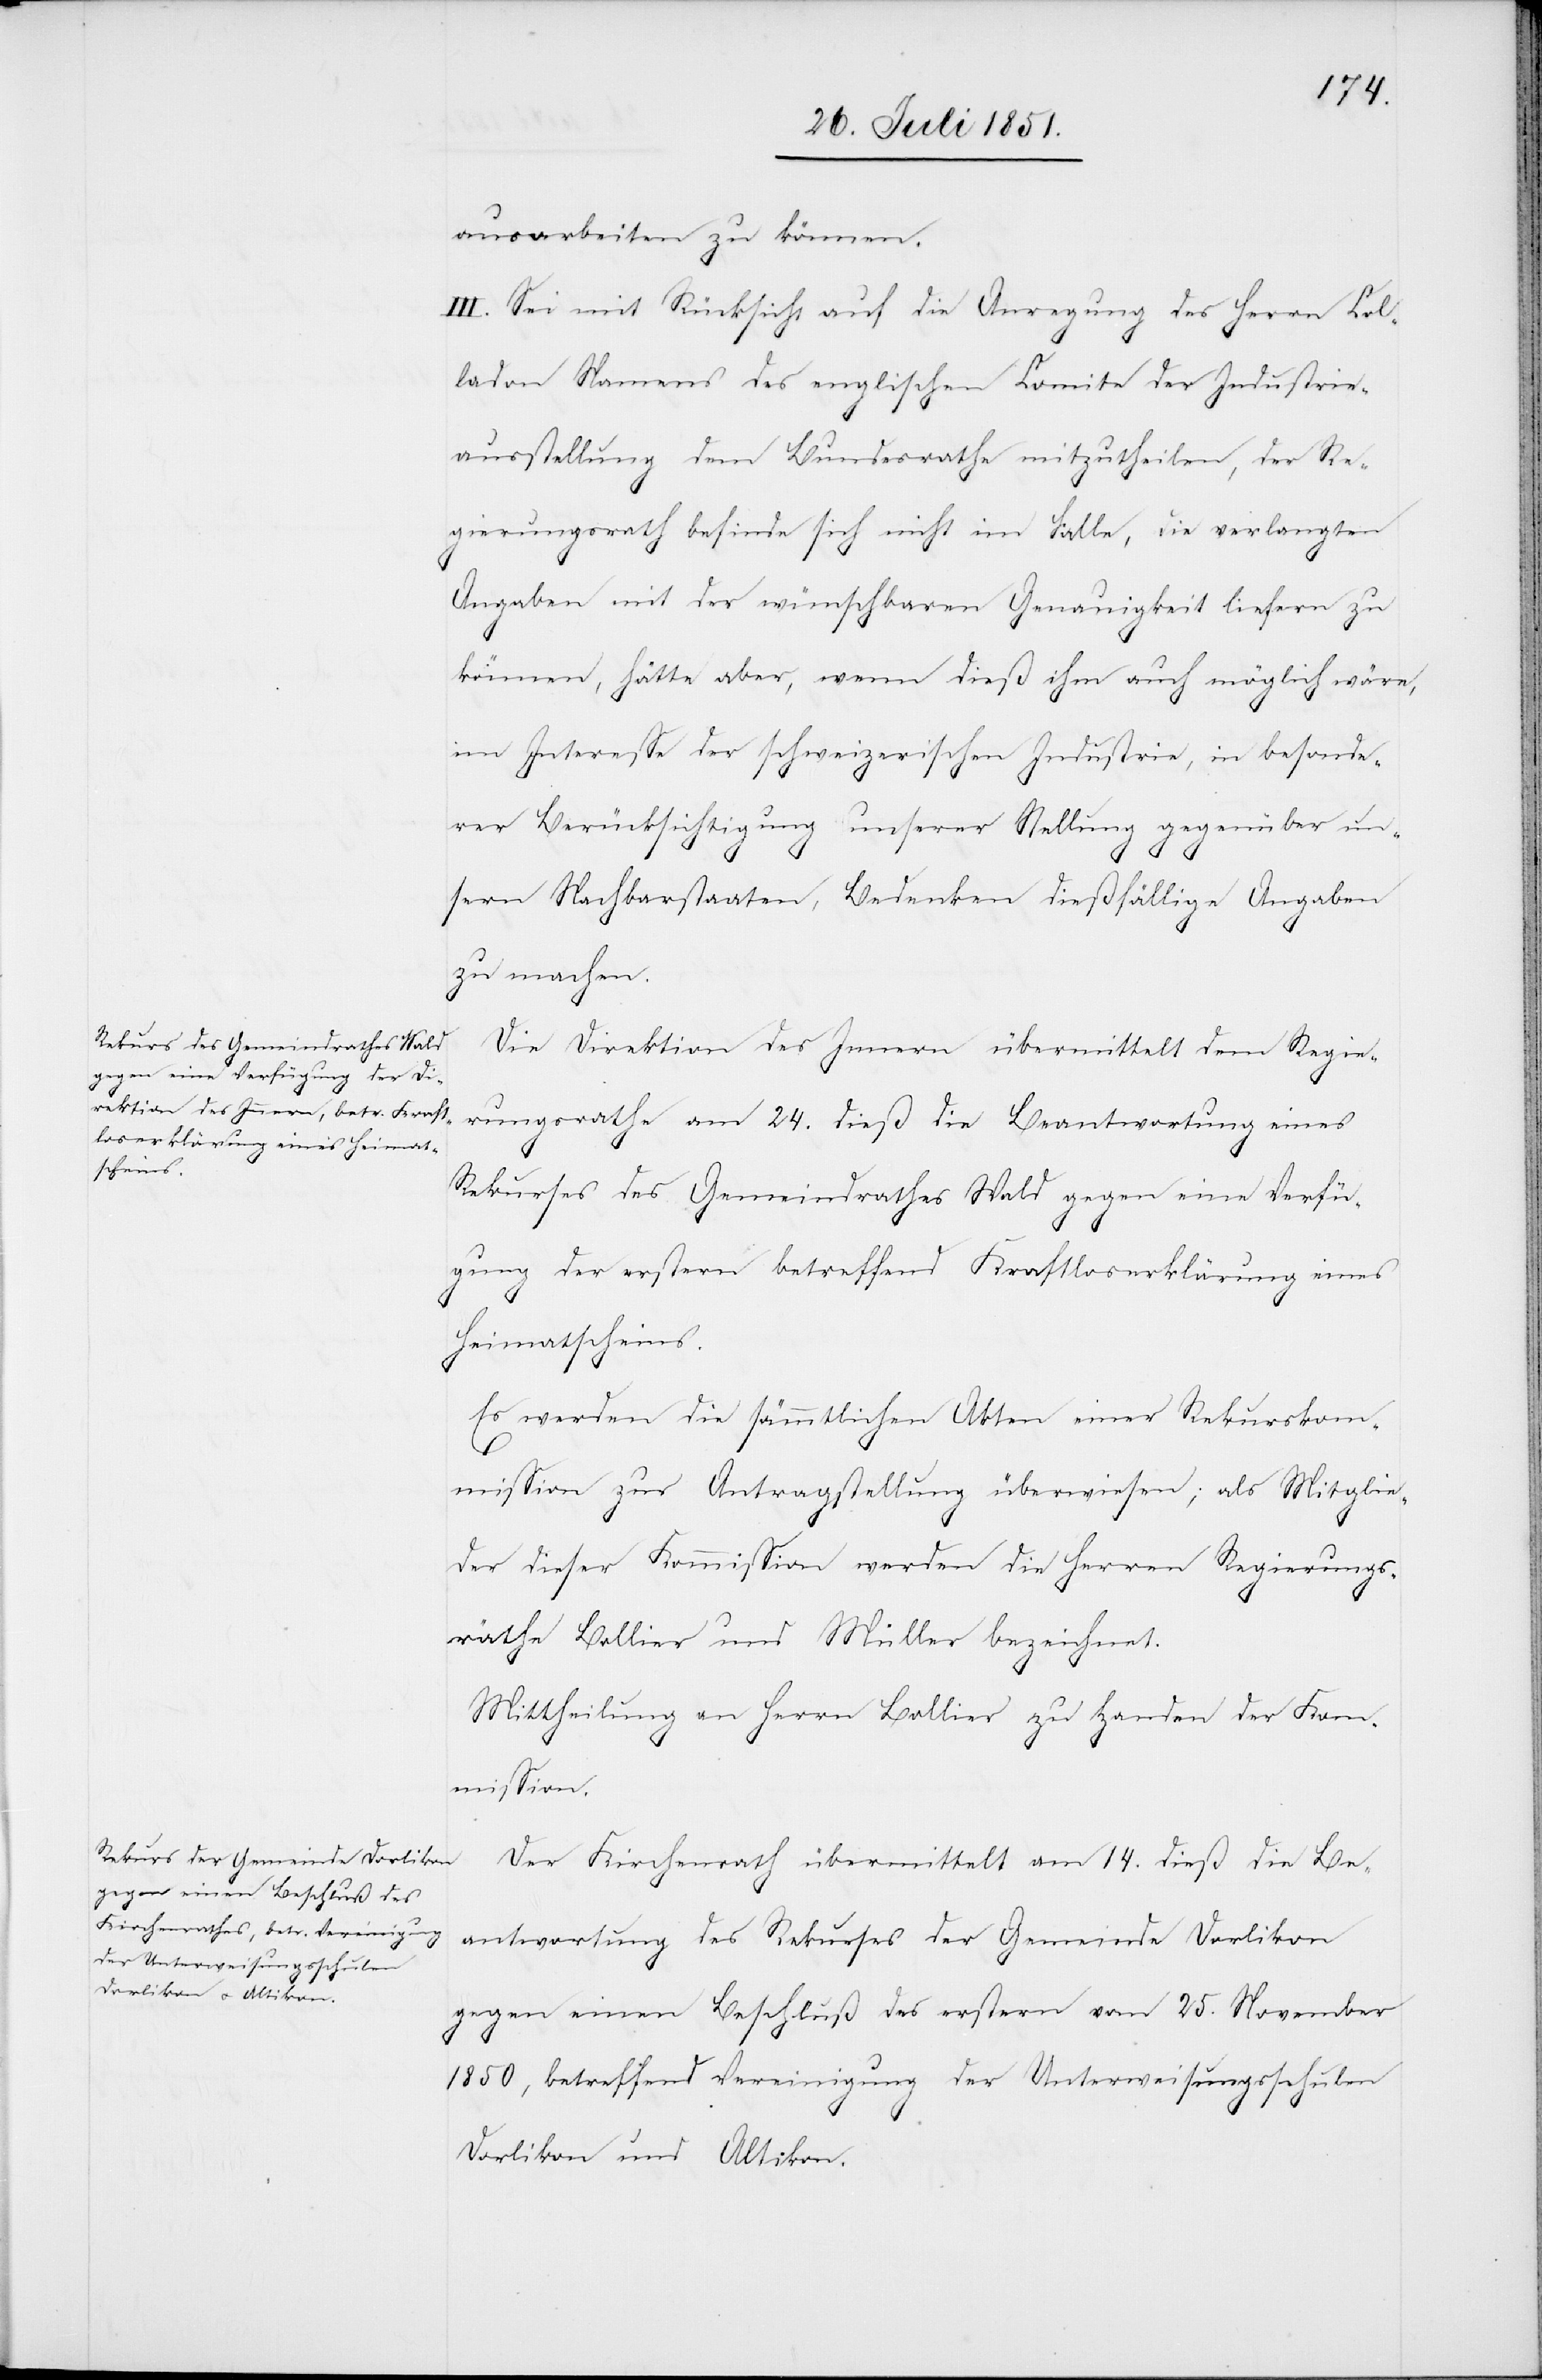
ausarbeiten zu können.
III. Sei mit Rücksicht auf die Anregung des Herrn Col¬
ladon Namens des englischen Comite der Industrie¬
ausstellung dem Bundesrathe mitzutheilen, der Re¬
gierungsrath befinde sich nicht im Falle, die verlangten
Angaben mit der wünschbaren Genauigkeit liefern zu
können, hätte aber, wenn dieß ihm auch möglich wäre,
im Interesse der schweizerischen Industrie, in besonde¬
rer Berücksichtigung unserer Stellung gegenüber un¬
sern Nachbarstaaten, Bedenken dießfällige Angaben
zu machen.
Die Direktion des Innern übermittelt dem Regie¬
rungsrathe am 24. dieß die Beantwortung eines
Rekurses des Gemeindrathes Wald gegen eine Verfü¬
gung der erstern betreffend Kraftloserklärung eines
Heimatscheins.
Es werden die sämmtlichen Akten einer Rekurskom¬
mission zur Antragstellung überwiesen; als Mitglie¬
der dieser Kommission werden die Herren Regierungs¬
räthe Bollier und Müller bezeichnet.
Mittheilung an Herrn Bollier zu Handen der Ko¬
mmission.
Der Kirchenrath übermittelt am 14. dieß die Be¬
antwortung des Rekurses der Gemeinde Dorlikon
gegen einen Beschluß des erstern vom 25. November
1850, betreffend Vereinigung der Unterweisungsschulen
Dorlikon und Altikon.